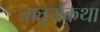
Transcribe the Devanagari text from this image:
चातुर्यकथा